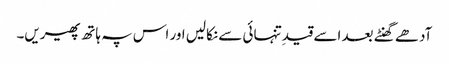
آدھے گھنٹے بعد اسے قیدِ تنہائی سے نکالیں اور اس پہ ہاتھ پھیریں۔